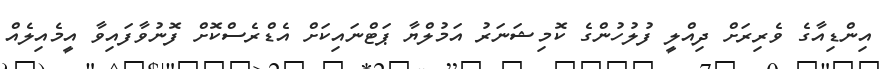
އިންޑިއާގެ ވެރިރަށް ދިއްލީ ފުލުހުންގެ ކޮމިޝަނަރު އަމުލްޔާ ޕަޓްނައިކަށް އެޑްރެސްކޮށް ފޮނުވާފައިވާ އީމެއިލެއް